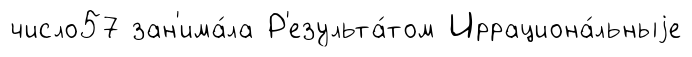
число57 зан'има́ла Р'езульта́том Иррациона́льныjе